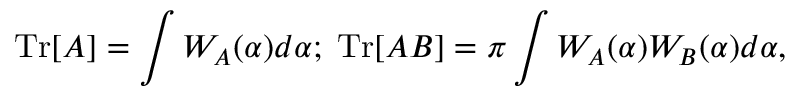
\mathrm { T r } [ A ] = \int W _ { A } ( \alpha ) d \alpha ; \; \mathrm { T r } [ A B ] = \pi \int W _ { A } ( \alpha ) W _ { B } ( \alpha ) d \alpha ,